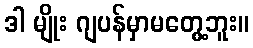
ဒါ မျိုး ဂျပန်မှာမတွေ့ဘူး။